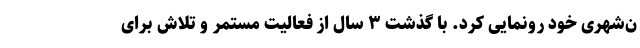
ن‌شهری خود رونمایی کرد. با گذشت ۳ سال از فعالیت مستمر و تلاش برای